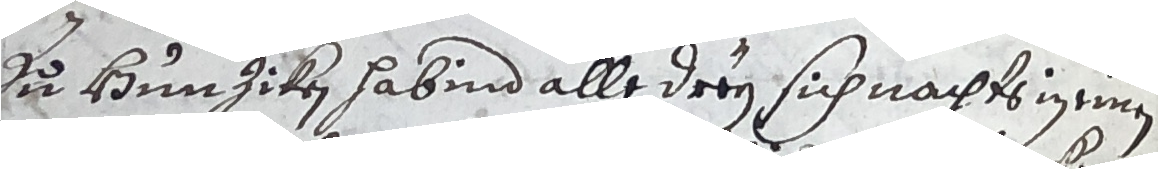
zu Hunziken habind alle dere sich nachts igenen